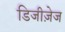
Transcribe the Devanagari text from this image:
डिजीज़ेज